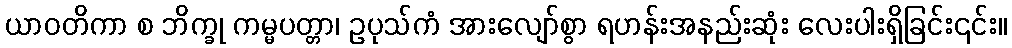
ယာဝတိကာ စ ဘိက္ခု ကမ္မပတ္တာ၊ ဥပုသ်ကံ အားလျော်စွာ ရဟန်းအနည်းဆုံး လေးပါးရှိခြင်း၎င်း။